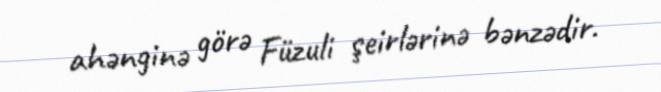
ahənginə görə Füzuli şeirlərinə bənzədir.